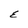
Character: E